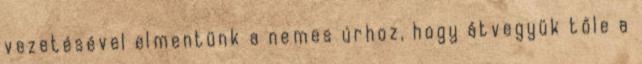
vezetésével elmentünk a nemes úrhoz, hogy átvegyük tőle a